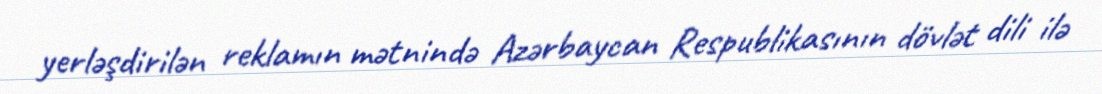
yerləşdirilən reklamın mətnində Azərbaycan Respublikasının dövlət dili ilə